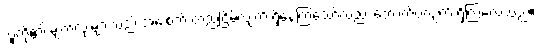
သူတို့၏ မျက်လုံးများသည် အေးစက် တည်ငြိမ်လျက် ရှိနေကြသော်လည်း တောက်ပလျက် ရှိကြလေသည်။